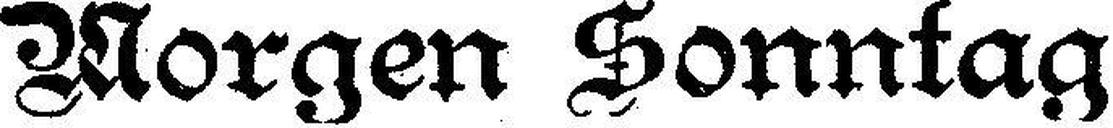
Morgen Sonntag